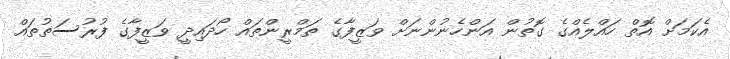
އެކަމަށް އޮތް ހައްލެއްގެ ގޮތުން އަންހެނުންނަށް ވަޒީފާގެ ތަމްރީންތައް ހޯދައިދީ ވަޒީފާގެ ފުރުސަތުތައް